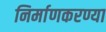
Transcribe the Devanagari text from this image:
निर्माणकरण्या